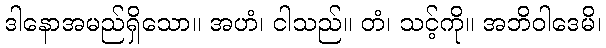
ဒါနောအမည်ရှိသော။ အဟံ၊ ငါသည်။ တံ၊ သင့်ကို။ အဘိဝါဒေမိ၊